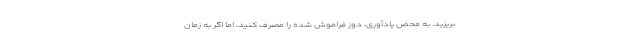
بریزید. به محض یادآوری، دوز فراموش شده را مصرف کنید، اما اگر به زمان